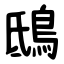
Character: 鴟